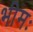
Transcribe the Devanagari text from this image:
भीमः